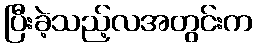
ပြီးခဲ့သည့်လအတွင်းက